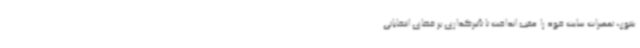
ینتون، تعمیرات سایت خود را عقب انداخت تا تأثیرگذاری بر فضای انتخاباتی